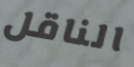
الناقل